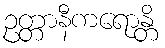
ဥတ္တာနီကရောန္တိ